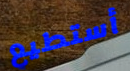
أستطيع